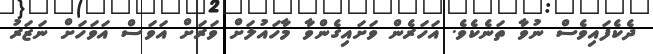
ދެކެފައިވެސް ނުވާ ތަނެކެވެ. އަހަރެން ވަށައިގެންވާ މާހައުލަށް ވަރަށް އަވަސް އަވަހަށް ނަޒަރު